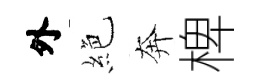
外絶奔椑